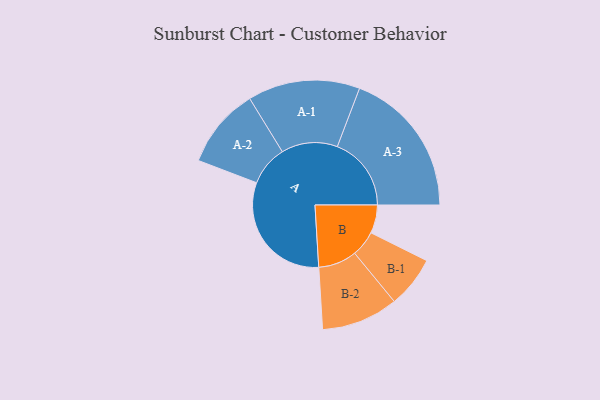
{"axis": {"x": "Segment", "y": "Value"}, "legend": ["", "A", "B"], "data": [{"x": "A", "y": 493, "type": ""}, {"x": "B", "y": 114, "type": ""}, {"x": "A-1", "y": 226, "type": "A"}, {"x": "A-2", "y": 162, "type": "A"}, {"x": "A-3", "y": 298, "type": "A"}, {"x": "B-1", "y": 104, "type": "B"}, {"x": "B-2", "y": 155, "type": "B"}]}